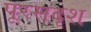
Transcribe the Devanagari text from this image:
पूरसदृश